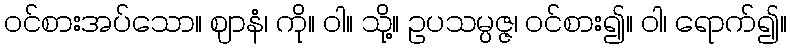
ဝင်စားအပ်သော။ ဈာနံ၊ ကို။ ဝါ။ သို့။ ဥပသမ္ပဇ္ဇ၊ ဝင်စား၍။ ဝါ၊ ရောက်၍။